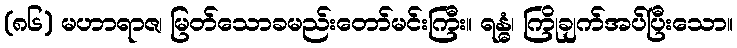
(၈၆) မဟာရာဇ၊ မြတ်သောခမည်းတော်မင်းကြီး။ ရန္ဓံ၊ ကြိုချက်အပ်ပြီးသော။